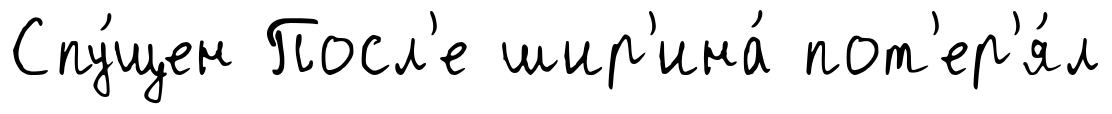
Спу́щен Посл'е шир'ина́ пот'ер'я́л